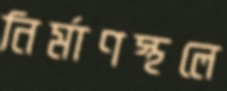
নির্মাণস্থলে